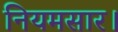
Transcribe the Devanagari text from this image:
नियमसार।